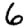
Digit: 6